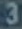
3